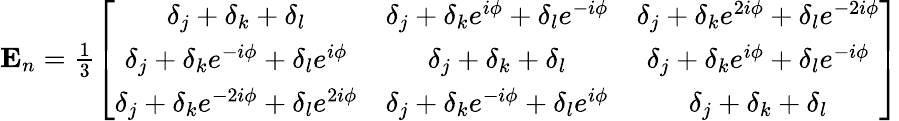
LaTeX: \begin{array}{r}{\mathbf{E}_{n}=\frac{1}{3}\left[\begin{array}{ccc}{\delta_{j}+\delta_{k}+\delta_{l}}&{\delta_{j}+\delta_{k}e^{i\phi}+\delta_{l}e^{-i\phi}}&{\delta_{j}+\delta_{k}e^{2i\phi}+\delta_{l}e^{-2i\phi}}\\ {\delta_{j}+\delta_{k}e^{-i\phi}+\delta_{l}e^{i\phi}}&{\delta_{j}+\delta_{k}+\delta_{l}}&{\delta_{j}+\delta_{k}e^{i\phi}+\delta_{l}e^{-i\phi}}\\ {\delta_{j}+\delta_{k}e^{-2i\phi}+\delta_{l}e^{2i\phi}}&{\delta_{j}+\delta_{k}e^{-i\phi}+\delta_{l}e^{i\phi}}&{\delta_{j}+\delta_{k}+\delta_{l}}\end{array}\right]}\end{array}